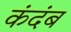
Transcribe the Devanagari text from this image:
कंदंब